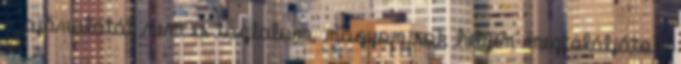
- ajánalatát nem is taglalom, nagyon sok helyen megtaláljátok.